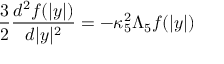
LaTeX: { \frac { 3 } { 2 } } { \frac { d ^ { 2 } f ( | y | ) } { d | y | ^ { 2 } } } = - \kappa _ { 5 } ^ { 2 } \Lambda _ { 5 } f ( | y | )